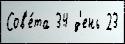
Сов'е́та 34 д'ень 23